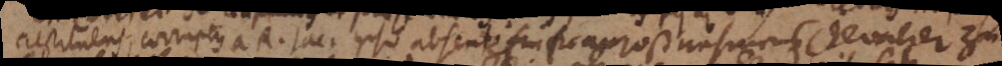
restituens; corruptus a R. Jac. ipso absente. Ein Franzoß unseres Chevalier zu